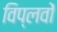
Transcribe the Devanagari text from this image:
विप्लवों